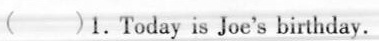
( )1.Today is Joe's birthday.